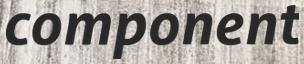
component